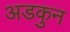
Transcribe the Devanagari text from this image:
अडकुन